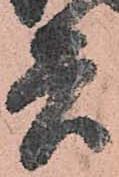
兵